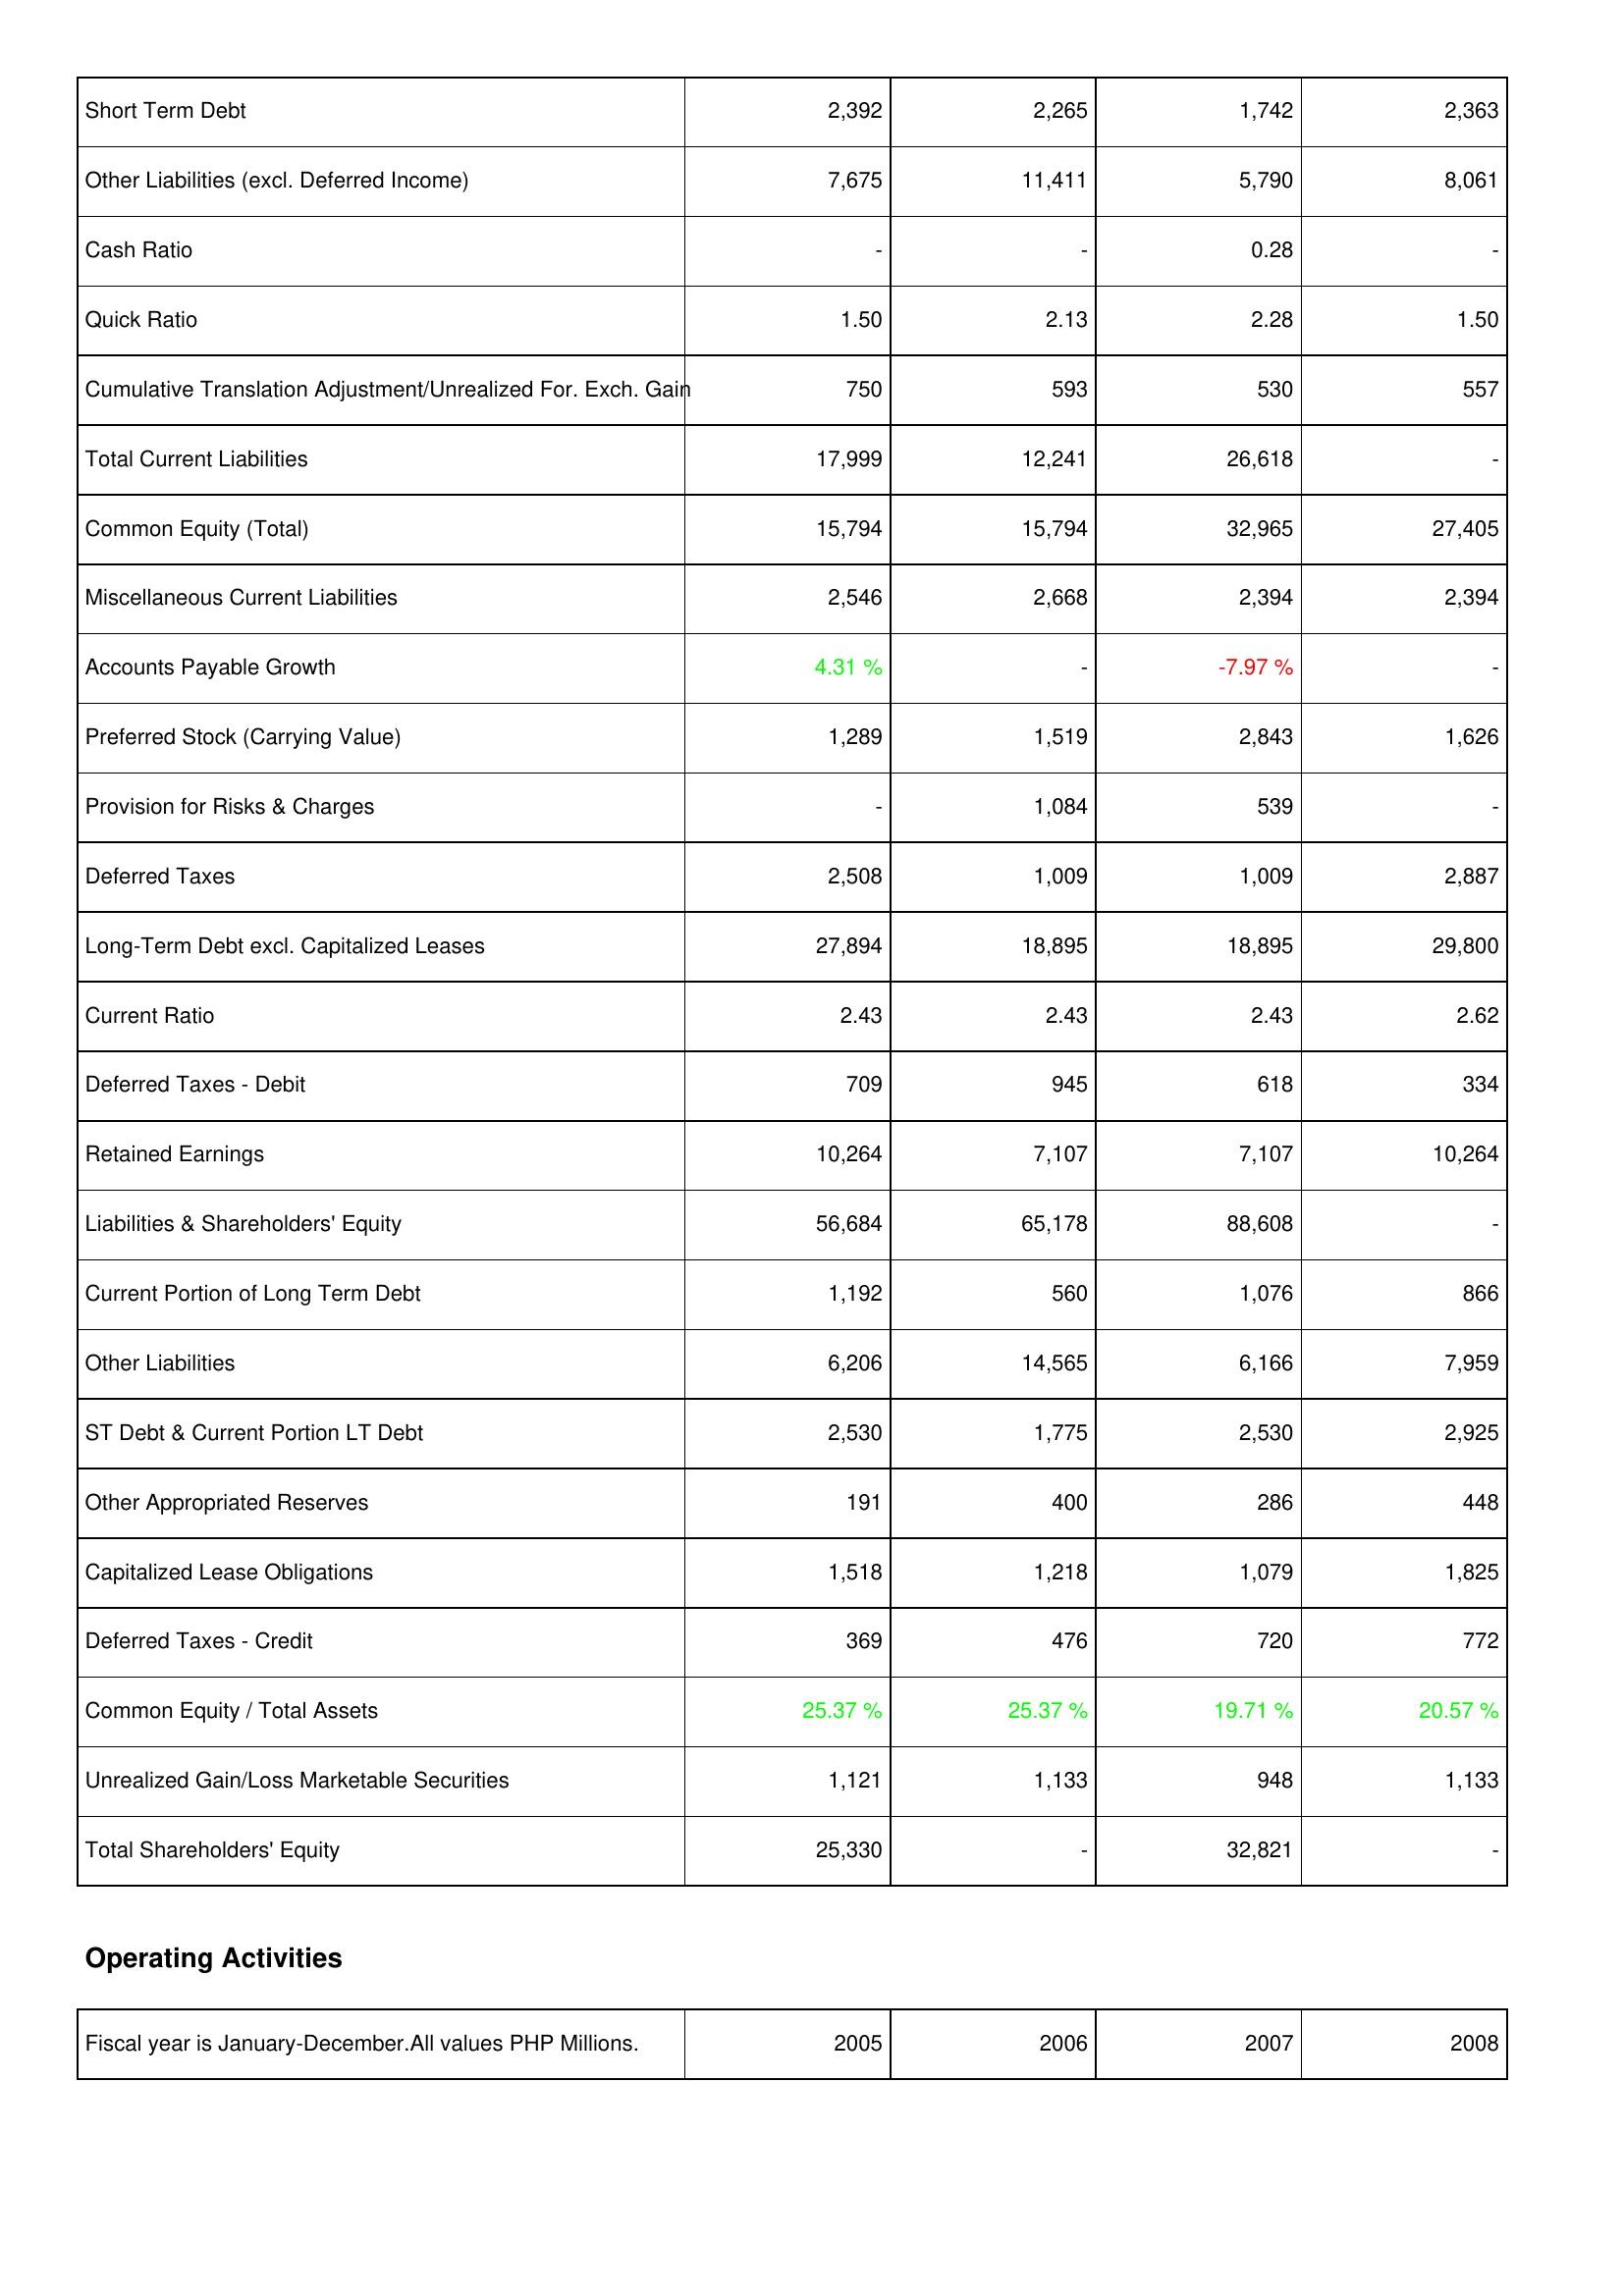
2005: Liabilities & Shareholders' Equity: Short Term Debt: 2,392
Other Liabilities (excl. Deferred Income): 7,675
Cash Ratio: -
Quick Ratio: 1.50
Cumulative Translation Adjustment/Unrealized For. Exch. Gain: 750
Total Current Liabilities: 17,999
Common Equity (Total): 15,794
Miscellaneous Current Liabilities: 2,546
Accounts Payable Growth: 4.31 %
Preferred Stock (Carrying Value): 1,289
Provision for Risks & Charges: -
Deferred Taxes: 2,508
Long-Term Debt excl. Capitalized Leases: 27,894
Current Ratio: 2.43
Deferred Taxes - Debit: 709
Retained Earnings: 10,264
Liabilities & Shareholders' Equity: 56,684
Current Portion of Long Term Debt: 1,192
Other Liabilities: 6,206
ST Debt & Current Portion LT Debt: 2,530
Other Appropriated Reserves: 191
Capitalized Lease Obligations: 1,518
Deferred Taxes - Credit: 369
Common Equity / Total Assets: 25.37 %
Unrealized Gain/Loss Marketable Securities: 1,121
Total Shareholders' Equity: 25,330
2006: Liabilities & Shareholders' Equity: Short Term Debt: 2,265
Other Liabilities (excl. Deferred Income): 11,411
Cash Ratio: -
Quick Ratio: 2.13
Cumulative Translation Adjustment/Unrealized For. Exch. Gain: 593
Total Current Liabilities: 12,241
Common Equity (Total): 15,794
Miscellaneous Current Liabilities: 2,668
Accounts Payable Growth: -
Preferred Stock (Carrying Value): 1,519
Provision for Risks & Charges: 1,084
Deferred Taxes: 1,009
Long-Term Debt excl. Capitalized Leases: 18,895
Current Ratio: 2.43
Deferred Taxes - Debit: 945
Retained Earnings: 7,107
Liabilities & Shareholders' Equity: 65,178
Current Portion of Long Term Debt: 560
Other Liabilities: 14,565
ST Debt & Current Portion LT Debt: 1,775
Other Appropriated Reserves: 400
Capitalized Lease Obligations: 1,218
Deferred Taxes - Credit: 476
Common Equity / Total Assets: 25.37 %
Unrealized Gain/Loss Marketable Securities: 1,133
Total Shareholders' Equity: -
2007: Liabilities & Shareholders' Equity: Short Term Debt: 1,742
Other Liabilities (excl. Deferred Income): 5,790
Cash Ratio: 0.28
Quick Ratio: 2.28
Cumulative Translation Adjustment/Unrealized For. Exch. Gain: 530
Total Current Liabilities: 26,618
Common Equity (Total): 32,965
Miscellaneous Current Liabilities: 2,394
Accounts Payable Growth: -7.97 %
Preferred Stock (Carrying Value): 2,843
Provision for Risks & Charges: 539
Deferred Taxes: 1,009
Long-Term Debt excl. Capitalized Leases: 18,895
Current Ratio: 2.43
Deferred Taxes - Debit: 618
Retained Earnings: 7,107
Liabilities & Shareholders' Equity: 88,608
Current Portion of Long Term Debt: 1,076
Other Liabilities: 6,166
ST Debt & Current Portion LT Debt: 2,530
Other Appropriated Reserves: 286
Capitalized Lease Obligations: 1,079
Deferred Taxes - Credit: 720
Common Equity / Total Assets: 19.71 %
Unrealized Gain/Loss Marketable Securities: 948
Total Shareholders' Equity: 32,821
2008: Liabilities & Shareholders' Equity: Short Term Debt: 2,363
Other Liabilities (excl. Deferred Income): 8,061
Cash Ratio: -
Quick Ratio: 1.50
Cumulative Translation Adjustment/Unrealized For. Exch. Gain: 557
Total Current Liabilities: -
Common Equity (Total): 27,405
Miscellaneous Current Liabilities: 2,394
Accounts Payable Growth: -
Preferred Stock (Carrying Value): 1,626
Provision for Risks & Charges: -
Deferred Taxes: 2,887
Long-Term Debt excl. Capitalized Leases: 29,800
Current Ratio: 2.62
Deferred Taxes - Debit: 334
Retained Earnings: 10,264
Liabilities & Shareholders' Equity: -
Current Portion of Long Term Debt: 866
Other Liabilities: 7,959
ST Debt & Current Portion LT Debt: 2,925
Other Appropriated Reserves: 448
Capitalized Lease Obligations: 1,825
Deferred Taxes - Credit: 772
Common Equity / Total Assets: 20.57 %
Unrealized Gain/Loss Marketable Securities: 1,133
Total Shareholders' Equity: -